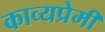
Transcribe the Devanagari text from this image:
काव्यप्रेमी